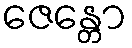
ဇေန္တော